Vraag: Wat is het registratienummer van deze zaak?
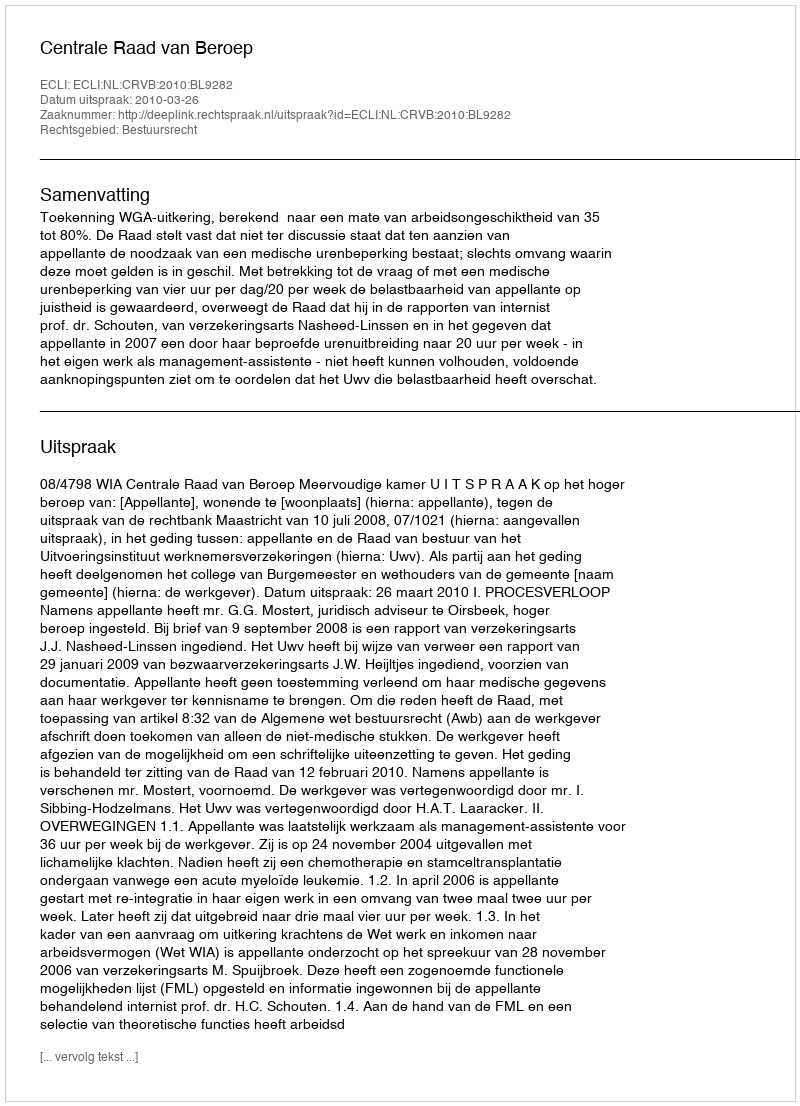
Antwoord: http://deeplink.rechtspraak.nl/uitspraak?id=ECLI:NL:CRVB:2010:BL9282